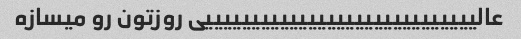
عالیییییییییییییییییییییییییییییی روزتون رو میسازه